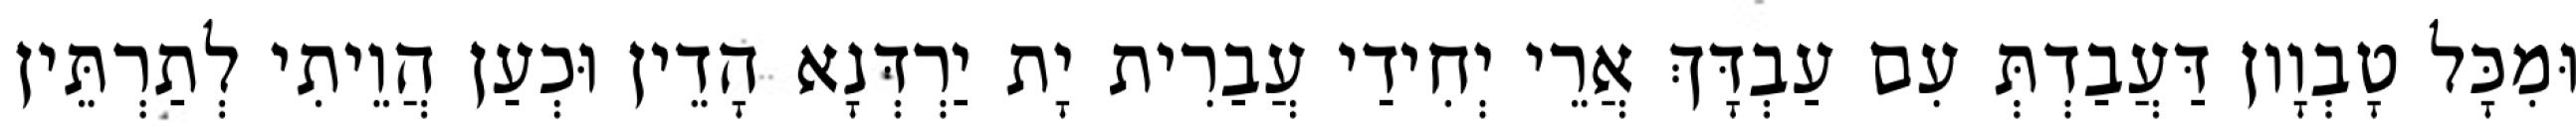
וּמִכָּל טָבְוָון דַּעֲבַדְתְּ עִם עַבְדָּךְ אֲרֵי יְחִידַי עֲבַרִית יָת יַרְדְּנָא הָדֵין וּכְעַן הֲוֵיתִי לְתַרְתֵּין